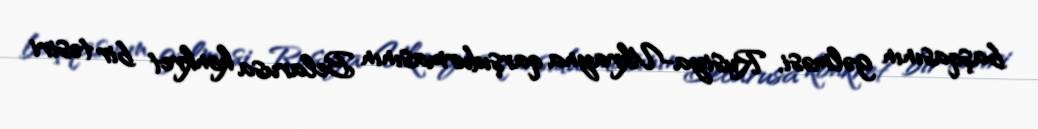
başqasının gəlməsi, Rusiya-Ukrayna qarşıdurmasının Belarusa konkret bir təsiri